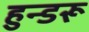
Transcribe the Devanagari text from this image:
हुन्डरू